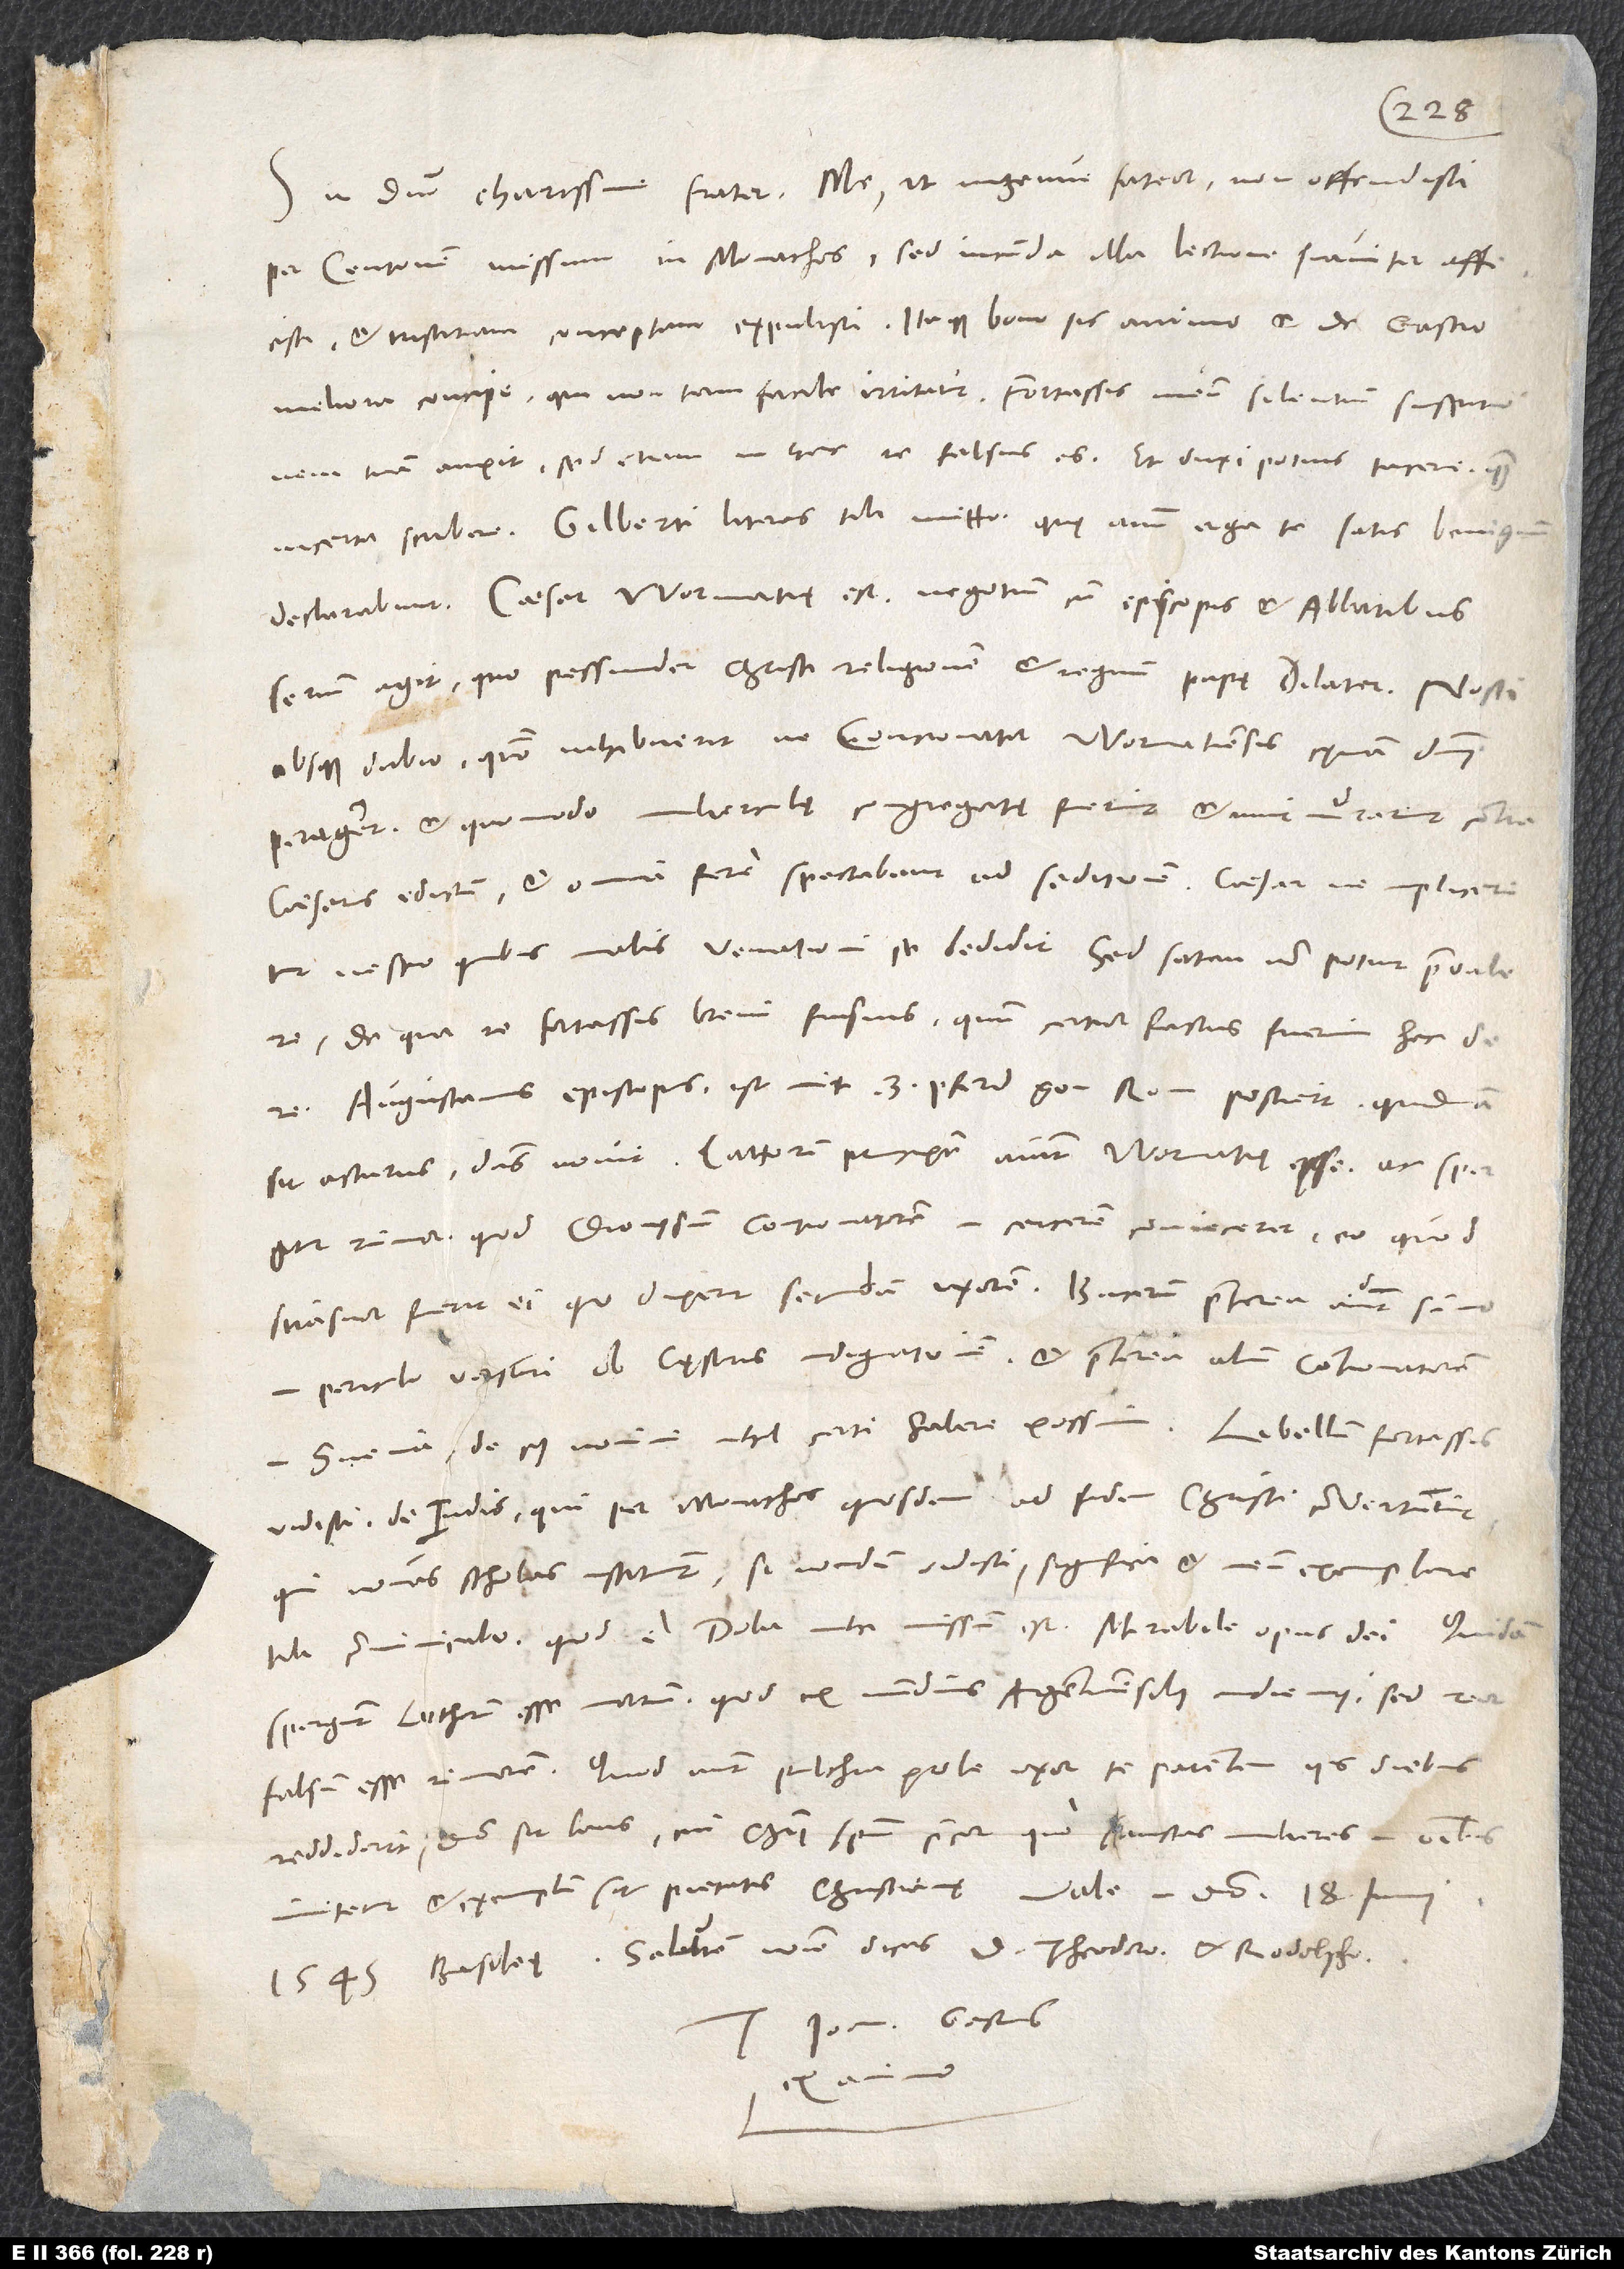
18.
per Centonem missum in monachos, sed iucunda illa lectione suaviter affecisti
et tristitiam conceptam expulisti. Itaque bono sis animo et de Gastio
meliora concipe, qui non tam facile irritatur. Fortassis meum silentium suspitionem
tuam auxit, sed etiam in hac re falsus es, et duxi potius tacere quam
declarabunt. Caesar Wormatię est. Negotium cum episcopis et abbatibus
serium agit, quo pessundet Christi religionem et regnum papę dilatet. Nosti
absque dubio, quomodo inhibuerit, ne contionator Wormatiensis cęnam domini
perageret et quomodo mulierculę congregatę fuerint et murmurarint contra
caesaris edictum et omnia fere spectabant ad seditionem. Caesar, ne implicaretur
nescio quibus malis, venationi se dedidit; sed satan non potuit praevalere.
De qua re fortassis brevi fusius, quum certior factus fuerim hac de
Augustanus episcopus ist mit 9 pferd gon Rom postiert; quidnam
rumor, quod Dionysium contionatorem in carcerem coniecerit, eo quod
periculo versari ob cęsaris indignationem, et praeterea alium contionatorem
vidisti de Indis, qui per monachos quosdam ad fidem Christi convertuntur,
qui novas scholas instituunt. Si nondum vidisti, significa, et meum exemplare
tibi communicabo, quod e Dola mihi missum est. Mirabile opus dei!
spargunt Lutherum esse mortuum; quod ex nundinis Argentinensibus audiemus, sed reor
reddiderit, domino sit laus, cui Christi spiritum precor, quo sanctas mulieres in omnibus
Salutem nomine meo dicas d. Theodoro et Rodolpho.
Tuus Ioan. Gastius